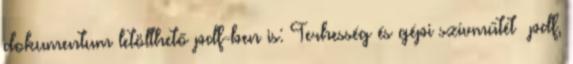
dokumentum letölthető pdf-ben is: Terhesség és gépi szívműtét pdf,